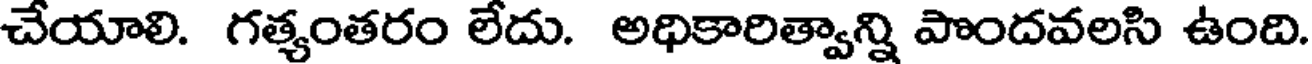
చేయాలి. గత్యంతరం లేదు. అధికారిత్వాన్ని పొందవలసి ఉంది.